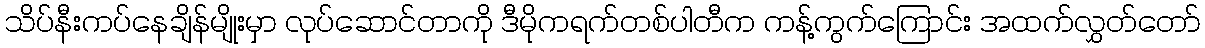
သိပ်နီးကပ်နေချိန်မျိုးမှာ လုပ်ဆောင်တာကို ဒီမိုကရက်တစ်ပါတီက ကန့်ကွက်ကြောင်း အထက်လွှတ်တော်